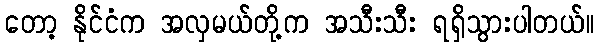
တော့ နိုင်ငံက အလှမယ်တို့က အသီးသီး ရရှိသွားပါတယ်။